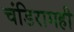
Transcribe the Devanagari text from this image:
चंडिरामही